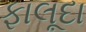
ફાલૂદા